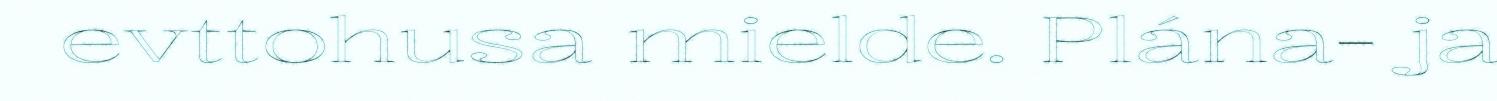
evttohusa mielde. Plána- ja